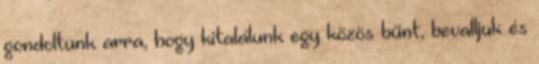
gondoltunk arra, hogy kitalálunk egy közös bűnt, bevalljuk és